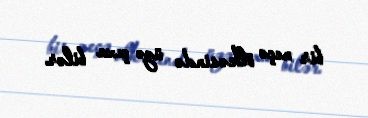
bir neçə ölkəsində üzə çıxa bilər.